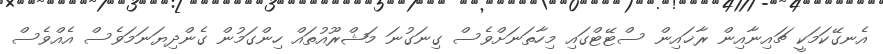
އެނގޭކަމަކީ ޗައިނާއިން ރާޚައިން ސްޓޭޓްގައި މިހާތަނަށްވެސް ގިނަގުނަ މަޝްރޫއުތައް ހިންގަމުން ގެންދިޔަނަމަވެސް އެއްވެސް